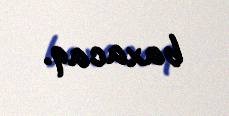
baxacaq.